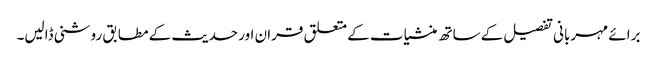
برائے مہربانی تفصیل کے ساتھ منشیات کے متعلق قران اور حدیث کے مطابق روشنی ڈالیں۔